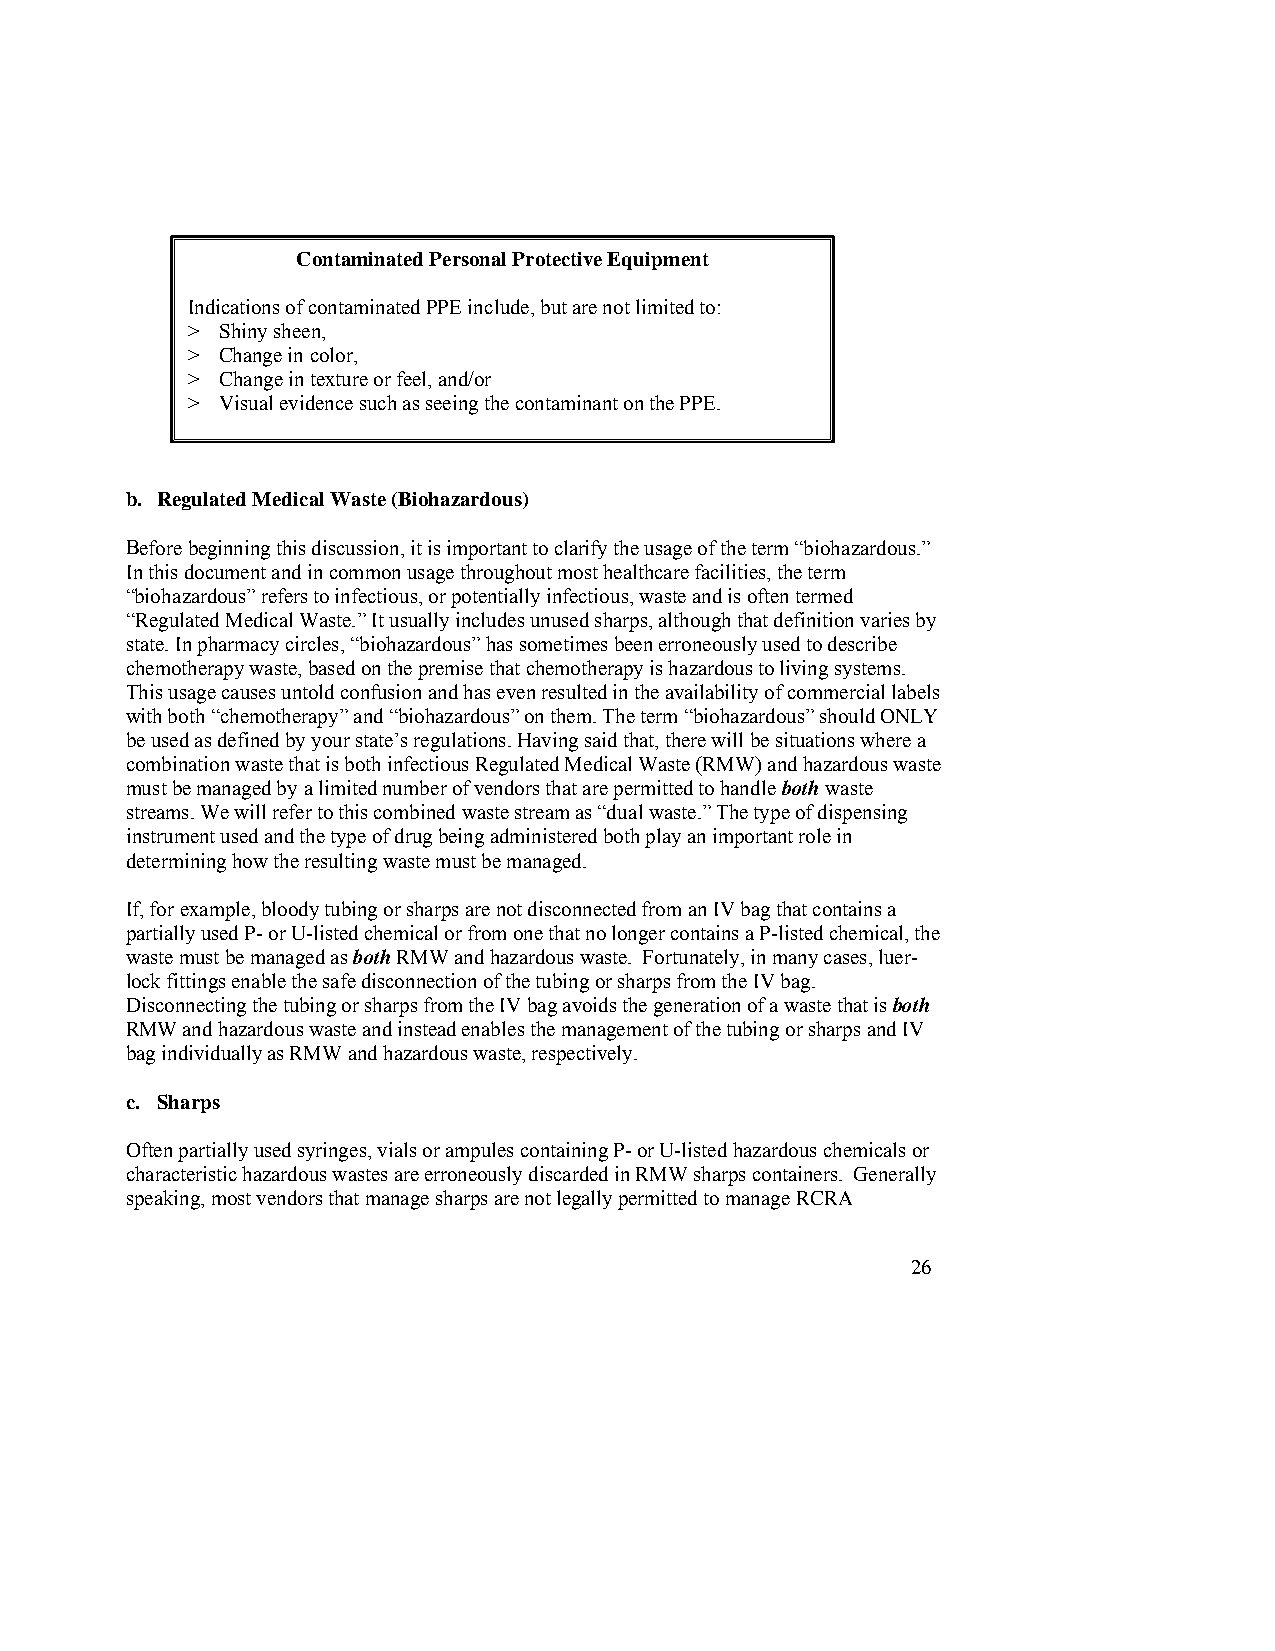
Contaminated Personal Protective Equipment
 Indications of contaminated PPE include, but are not limited to:
 >  Shiny sheen,
 >  Change in color,
 >  Change in texture or feel, and/or
 >  Visual evidence such as seeing the contaminant on the PPE.
 b. Regulated Medical Waste (Biohazardous)
 Before beginning this discussion, it is important to clarify the usage of the term “biohazardous.”
 In this document and in common usage throughout most healthcare facilities, the term
 “biohazardous” refers to infectious, or potentially infectious, waste and is often termed
 “Regulated Medical Waste.” It usually includes unused sharps, although that definition varies by
 state. In pharmacy circles, “biohazardous” has sometimes been erroneously used to describe
 chemotherapy waste, based on the premise that chemotherapy is hazardous to living systems.
 This usage causes untold confusion and has even resulted in the availability of commercial labels
 with both “chemotherapy” and “biohazardous” on them. The term “biohazardous” should ONLY
 be used as defined by your state’s regulations. Having said that, there will be situations where a
 combination waste that is both infectious Regulated Medical Waste (RMW) and hazardous waste
 must be managed by a limited number of vendors that are permitted to handle both waste
 streams. We will refer to this combined waste stream as “dual waste.” The type of dispensing
 instrument used and the type of drug being administered both play an important role in
 determining how the resulting waste must be managed.
 If, for example, bloody tubing or sharps are not disconnected from an IV bag that contains a
 partially used P- or U-listed chemical or from one that no longer contains a P-listed chemical, the
 waste must be managed as both RMW and hazardous waste. Fortunately, in many cases, luer-
 lock fittings enable the safe disconnection of the tubing or sharps from the IV bag.
 Disconnecting the tubing or sharps from the IV bag avoids the generation of a waste that is both
 RMW and hazardous waste and instead enables the management of the tubing or sharps and IV
 bag individually as RMW and hazardous waste, respectively.
 c. Sharps
 Often partially used syringes, vials or ampules containing P- or U-listed hazardous chemicals or
 characteristic hazardous wastes are erroneously discarded in RMW sharps containers. Generally
 speaking, most vendors that manage sharps are not legally permitted to manage RCRA
 26